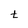
Character: t